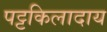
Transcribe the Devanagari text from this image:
पट्टकिलादाय